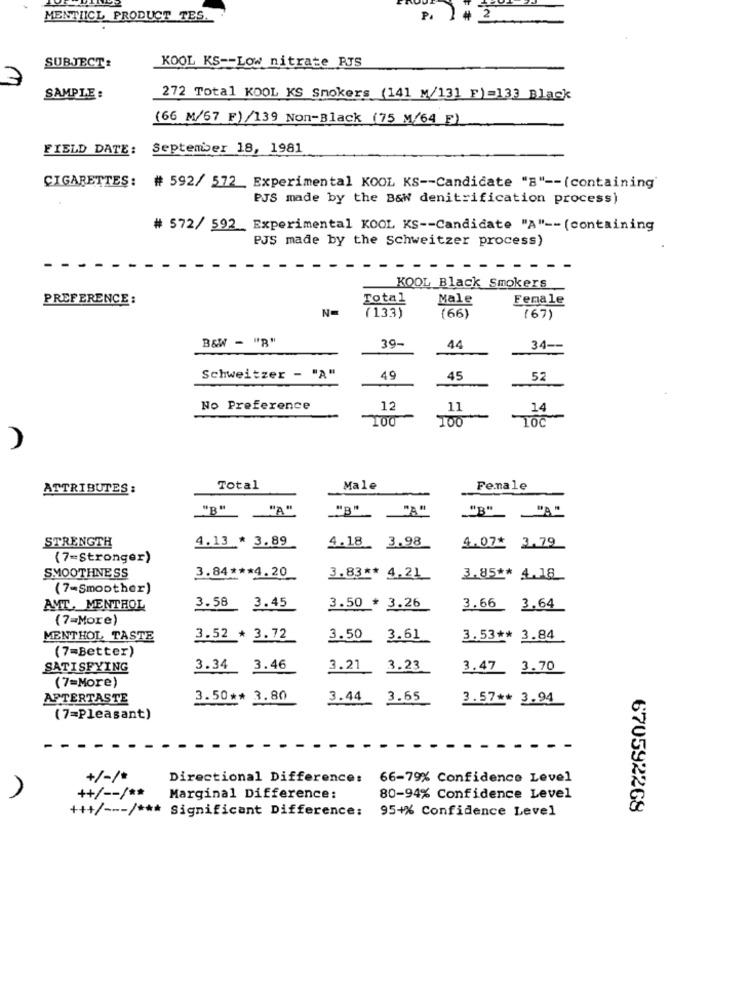
MENTIICL PRODUCT TES.
P1
# 2
KOOL KS -- Low nitrate PJS
SUBJECT:
7
SAMPLE :
272 Total KOOL KS Smokers (141 M/131 F)=133 Black
(66 M/67 F) /139 Non-Black (75 M/64 F)
FIELD DATE: September 18, 1981
CIGARETTES: # 592/ 572_ Experimental KOOL KS -- Candidate "B" -- (containing
PJS made by the B&W denitrification process)
# 572/ 592 Experimental KOOL KS -- Candidate "A" -- (containing
PJS made by the Schweitzer process)
--
-
KOOL Black Smokers
PREFERENCE :
Total
Male
Female
(133)
(66)
(67)
B&W - "B"
39-
44
34 --
Schweitzer - "A"
49
45
52
No Preference
12
11
14
100
TO0
10C
ATTRIBUTES :
Total
Male
Female
"B"
"A"
"B"
"A"
4.13 * 3.89
4.18 3.98
STRENGTH
4.07* 3.79
(7=Stronger)
SMOOTHNESS
3.84 *** 4.20
3.83 ** 4.21
3.85 ** 4.18
(7-Smoother)
AMT, MENTHOL
3.58 3.45
3.50 * 3.26
3.66 3.64
(7=More)
MENTHOL TASTE
3.52 * 3.72
3.50
3.61
3.53 ** 3.84
(7=Better)
SATISFYING
3.34
3.46
3.21
3.23
3.47 3.70
(7=More)
AFTERTASTE
3.50 ** 3.80
3.44
3.65
3.57 ** 3.94
(7=Pleasant)
+/-/*
Directional Difference:
66-79% Confidence Level
++/ -- / **
Marginal Difference:
80-94% Confidence Level
++/ --- / *** Significant Difference:
95+% Confidence Level
670592268